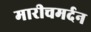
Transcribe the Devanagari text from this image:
मारीचमर्दन